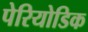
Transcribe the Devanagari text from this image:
पेरियोडिक